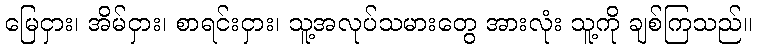
မြေငှား၊ အိမ်ငှား၊ စာရင်းငှား၊ သူ့အလုပ်သမားတွေ အားလုံး သူ့ကို ချစ်ကြသည်။